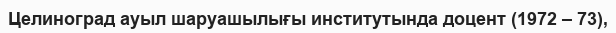
Целиноград ауыл шаруашылығы институтында доцент (1972 – 73),